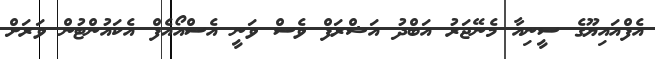
އެފްއައިޔޫގެ ސީނިއާ މެނޭޖަރު އަބްދު އަޝްރަފް ވެސް ވަނީ އެސްއޯއެފް އެކައުންޓުން ވަރަށް